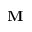
\mathbf { M }